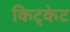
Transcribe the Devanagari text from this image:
किट्केट